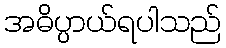
အဓိပ္ပာယ်ရပါသည်